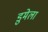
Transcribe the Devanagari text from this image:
डुमेला